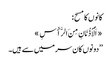
کانوں کا مسح:
«اَلْأُذُنَانِ مِنَ الرَّأْسِ»
’’دونوں کان سر میں سے ہیں۔